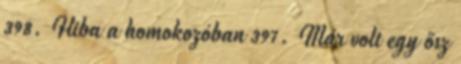
398. Hiba a homokozóban 397. Már volt egy ősz